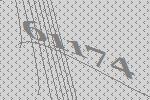
61174